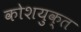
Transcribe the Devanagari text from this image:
कोशयुक्त